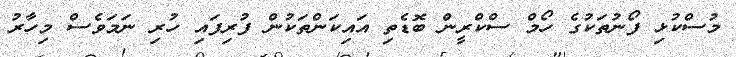
މުސްކުޅި ފޯނުތަކުގެ ހޯމް ސްކްރީން ބޮޑެތި އައިކަންތަކުން ފުރިފައި ހުރި ނަމަވެސް މިހާރު